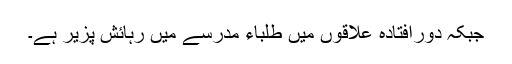
جبکہ دورافتادہ علاقوں میں طلباء مدرسے میں رہائش پزیر ہے۔